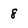
Character: 8